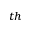
^ { t h }